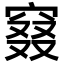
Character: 窡